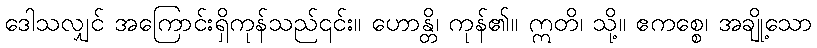
ဒေါသလျှင် အကြောင်းရှိကုန်သည်၎င်း။ ဟောန္တိ၊ ကုန်၏။ ဣတိ၊ သို့။ ဧကစ္စေ၊ အချို့သော